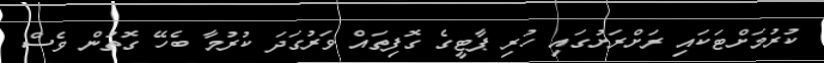
ކުރުމަށްޓަކައި ރަށްރަށުގައި ހުރި ޕާޓީގެ ގޮފިތައް ވަރުގަދަ ކުރުމާ ބެހޭ ގޮތުން ވެސް